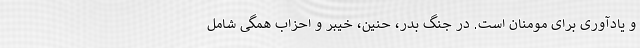
و یادآوری برای مومنان است. در جنگ بدر، حنین، خیبر و احزاب همگی شامل